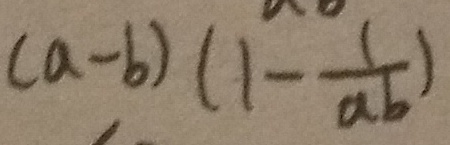
( a - b ) ( 1 - \frac { 1 } { a b } )